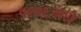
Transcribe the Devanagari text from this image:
१९०६मधे